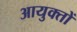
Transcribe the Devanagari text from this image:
आयुक्‍तों